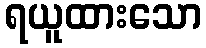
ရယူထားသော